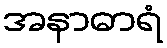
အနာဓာရံ